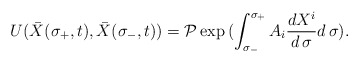
\begin{align*}U({\bar X}(\sigma_{+},t), {\bar X}(\sigma_{-},t))= {\cal P}\exp{(\int^{\sigma_+}_{\sigma_-} A_i {d X^i\over d \, \sigma} d\,\sigma)}.\end{align*}